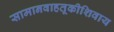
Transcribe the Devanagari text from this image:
सामानवाहतूकीशिवाय